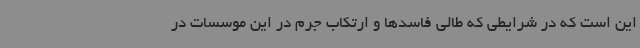
این است که در شرایطی که طالی فاسدها و ارتکاب جرم در این موسسات در